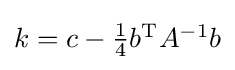
{\textstyle k=c-{\frac {1}{4}}b^{\mathrm {T} }A^{-1}b}